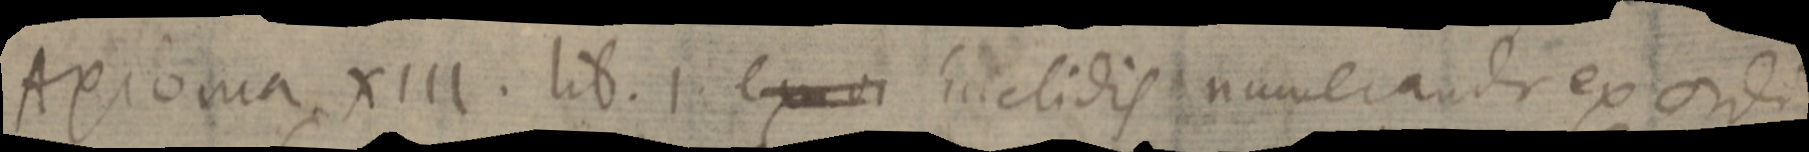
Axioma XIII. lib. 1. ex _ Euclidis numerandi ex ordi